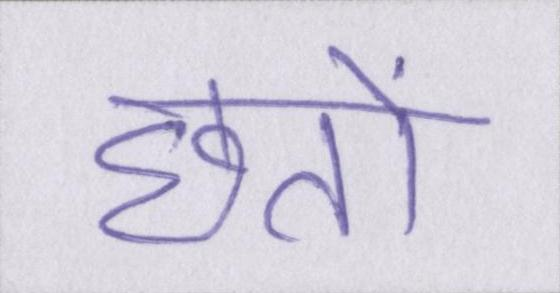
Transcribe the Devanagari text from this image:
छतों